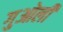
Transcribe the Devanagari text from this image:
गुओली